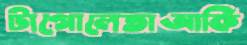
টাগোলেতাআর্কি